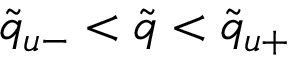
\tilde { q } _ { u - } < \tilde { q } < \tilde { q } _ { u + }